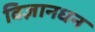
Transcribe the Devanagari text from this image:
विज्ञानधन